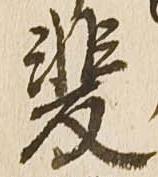
斐